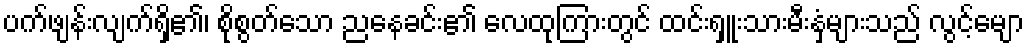
ပက်ဖျန်းလျက်ရှိ၏၊ စိုစွတ်သော ညနေခင်း၏ လေထုကြားတွင် ထင်းရှူးသားမီးနှံများသည် လွင့်မျော